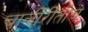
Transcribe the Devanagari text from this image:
चालीरीतीचे